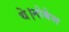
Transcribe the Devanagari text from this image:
थे।नोबेल